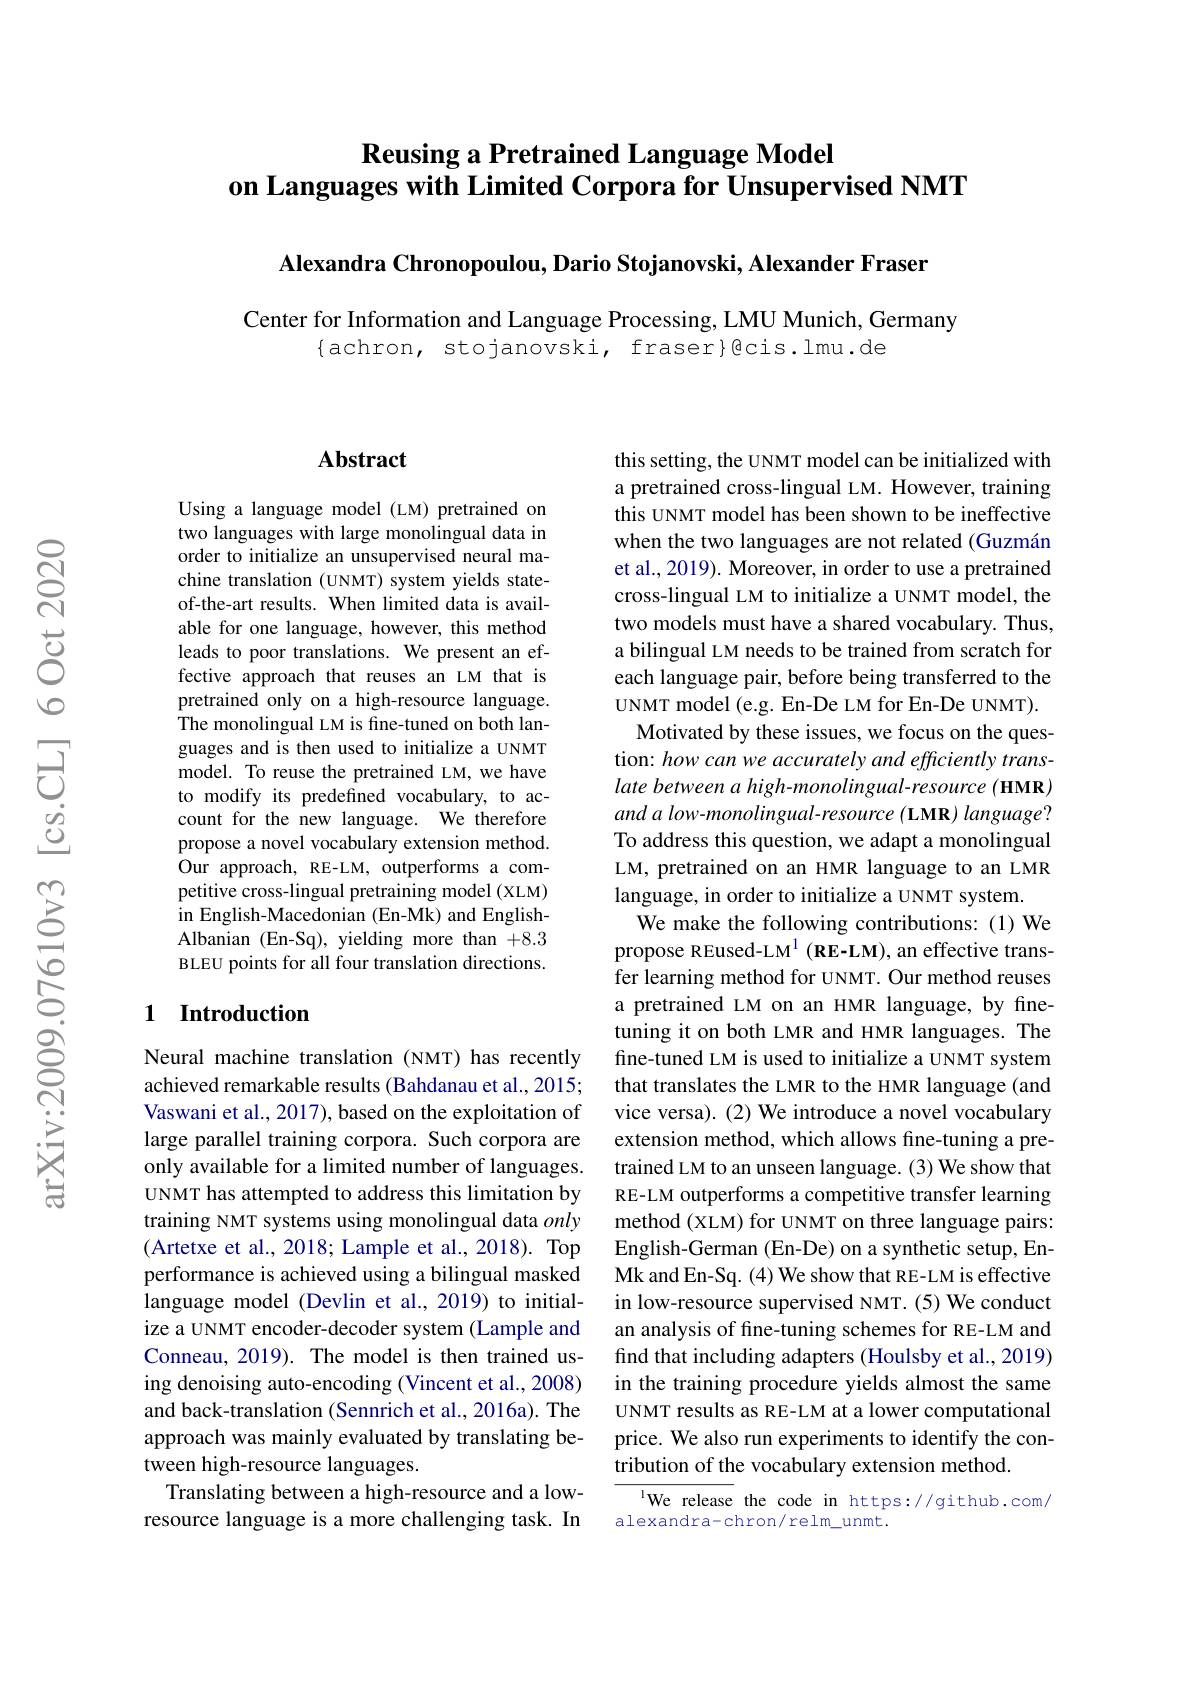
# Reusing a Pretrained Language Model on Languages with Limited Corpora for Unsupervised NMT

Alexandra Chronopoulou, Dario Stojanovski, Alexander Fraser

Center for Information and Language Processing, LMU Munich, Germany
$\{$achron, stojanovski, fraser$\}$gcis.lmu.de

### $\mathbf{Abstract}$

Using a language model (LM) pretrained on two languages with large monolingual data in order to initialize an unsupervised neural machine translation (UNMT) system yields stateof-the-art results. When limited data is available for one language, however, this method leads to poor translations. We present an effective approach that reuses an LM that is pretrained only on a high-resource language. The monolingual LM is fine-tuned on both languages and is then used to initialize a UNMT model. To reuse the pretrained LM, we have to modify its predefined vocabulary, to account for the new language. We therefore propose a novel vocabulary extension method. Our approach, RE-LM, outperforms a competitive cross-lingual pretraining model (XLM) in English-Macedonian (En-Mk) and EnglishAlbanian (En-Sq), yielding more than +8.3 BLEU points for all four translation directions.

### 1 Introduction

Neural machine translation (NMT) has recently achieved remarkable results (Bahdanau et al., 2015; Vaswani et al., 2017), based on the exploitation of large parallel training corpora. Such corpora are only available for a limited number of languages. UNMT has attempted to address this limitation by training NMT systems using monolingual data only (Artetxe et al., 2018; Lample et al., 2018). Top performance is achieved using a bilingual masked language model (Devlin et al.,2019) to initialize a UNMT encoder-decoder system (Lample and Conneau, 2019). The model is then trained using denoising auto-encoding (Vincent et al., 2008) and back-translation (Sennrich et al., 2016a). The approach was mainly evaluated by translating between high-resource languages.
Translating between a high-resource and a lowresource language is a more challenging task. In

this setting, the UNMT model can be initialized with a pretrained cross-lingual LM. However, training this UNMT model has been shown to be ineffective when the two languages are not related (Guzmán et al., 2019). Moreover, in order to use a pretrained cross-lingual LM to initialize a UNMT model, the two models must have a shared vocabulary. Thus, a bilingual LM needs to be trained from scratch for each language pair, before being transferred to the UNMT model (e.g. En-De LM for En-De UNMT). Motivated by these issues, we focus on the ques-
tion: how can we accurately and efficiently translate between a high-monolingual-resource ( HMR) and a low-monolingual-resource (LMR) language? To address this question, we adapt a monolingual LM, pretrained on an HMR language to an LMR language, in order to initialize a UNMT system.
We make the following contributions: (1) We propose REused-LM$^1( \textbf{RE- LM}) $,an effective transfer learning method for UNMT. Our method reuses a pretrained LM on an HMR language, by finetuning it on both LMR and HMR languages. The fine-tuned LM is used to initialize a UNMT system that translates the LMR to the HMR language (and vice versa). (2) We introduce a novel vocabulary extension method, which allows fine-tuning a pretrained LM to an unseen language. (3) We show that RE-LM outperforms a competitive transfer learning method (XLM) for UNMT on three language pairs: English-German (En-De) on a synthetic setup, EnMk and En-Sq. (4) We show that RE-LM is effective in low-resource supervised NMT. (5) We conduct an analysis of fine-tuning schemes for RE-LM and find that including adapters (Houlsby et al., 2019) in the training procedure yields almost the same UNMT results as RE-LM at a lower computational price. We also run experiments to identify the contribution of the vocabulary extension method.
$^{1}$We release the code in https://github.com/

alexandra-chron/relm_unmt.